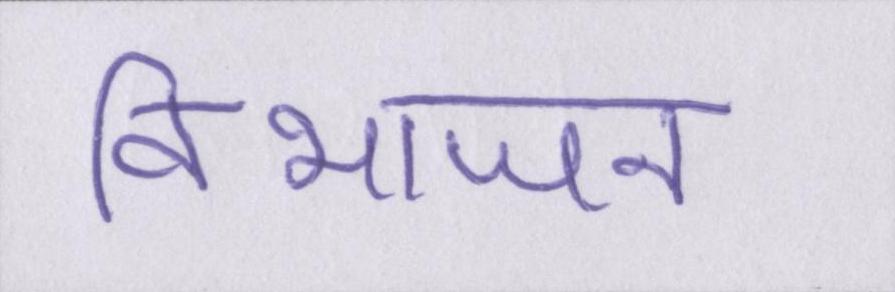
विभाजन